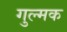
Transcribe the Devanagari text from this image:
गुल्मक